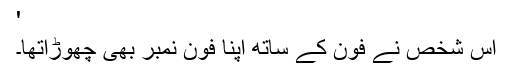
'
اس شخص نے فون کے ساتھ اپنا فون نمبر بھی چھوڑاتھا۔